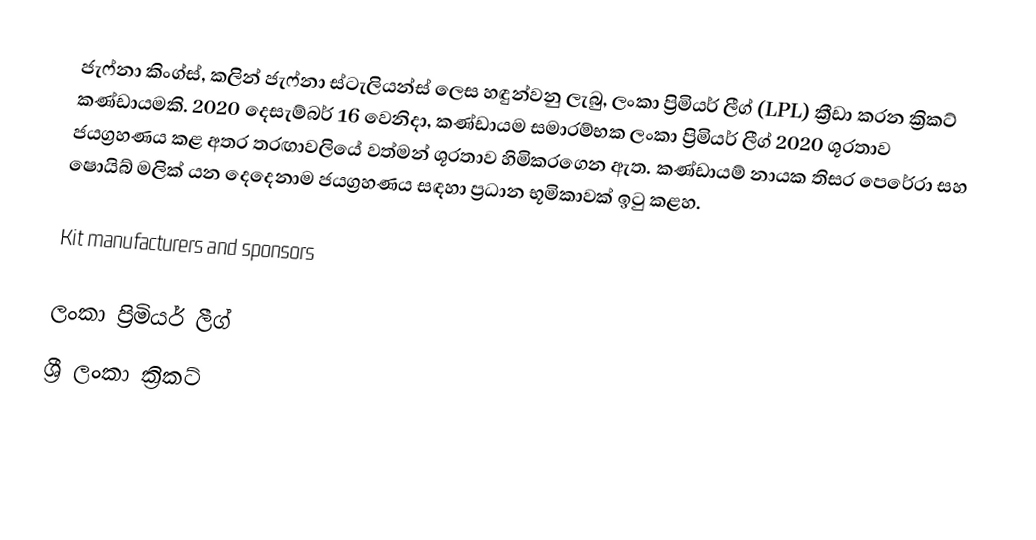
ජැෆ්නා කිංග්ස්, කලින් ජැෆ්නා ස්ටැලියන්ස් ලෙස හඳුන්වනු ලැබු, ලංකා ප්‍රිමියර් ලීග්  (LPL) ක්‍රීඩා කරන ක්‍රිකට් කණ්ඩායමකි.  2020 දෙසැම්බර් 16 වෙනිදා, කණ්ඩායම සමාරම්භක ලංකා ප්‍රිමියර් ලීග් 2020 ශූරතාව ජයග්‍රහණය කළ අතර තරඟාවලියේ වත්මන් ශූරතාව හිමිකරගෙන ඇත. කණ්ඩායම් නායක තිසර පෙරේරා සහ ෂොයිබ් මලික් යන දෙදෙනාම ජයග්‍රහණය සඳහා ප්‍රධාන භූමිකාවක් ඉටු කළහ.

Kit manufacturers and sponsors

ලංකා ප්‍රිමියර් ලීග්
ශ්‍රී ලංකා ක්‍රිකට්